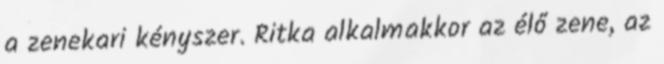
a zenekari kényszer. Ritka alkalmakkor az élő zene, az